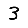
Digit: 3